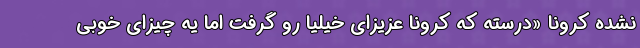
‌نشده کرونا «دُرُسته که کرونا عزیزای خیلیا رو گرفت اما یه چیزای خوبی